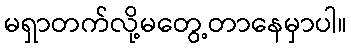
မရှာတက်လို့မတွေ့တာနေမှာပါ။